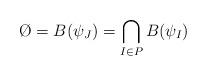
LaTeX: \begin{align*}\O=B(\psi_J)=\bigcap_{I\in P} B(\psi_I)\end{align*}